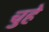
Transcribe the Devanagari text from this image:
चुहे